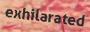
exhilarated